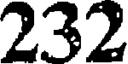
232